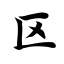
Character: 区